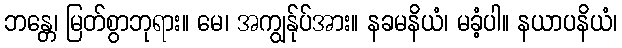
ဘန္တေ၊ မြတ်စွာဘုရား။ မေ၊ အကျွန်ုပ်အား။ နခမနိယံ၊ မခံ့ပါ။ နယာပနိယံ၊